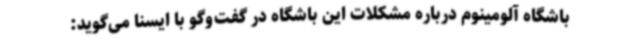
باشگاه آلومینوم درباره مشکلات این باشگاه در گفت‌وگو با ایسنا می‌گوید: